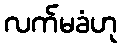
လက်မခံဟု